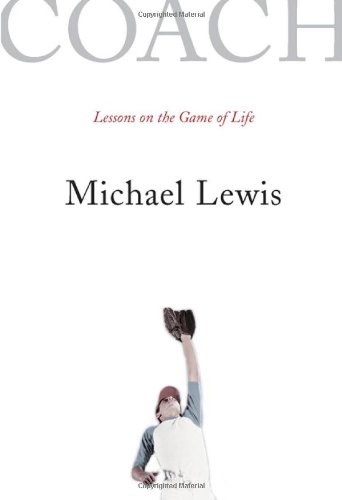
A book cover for Coach: Lessons on the Game of Life; Michael Lewis; Parenting & Relationships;